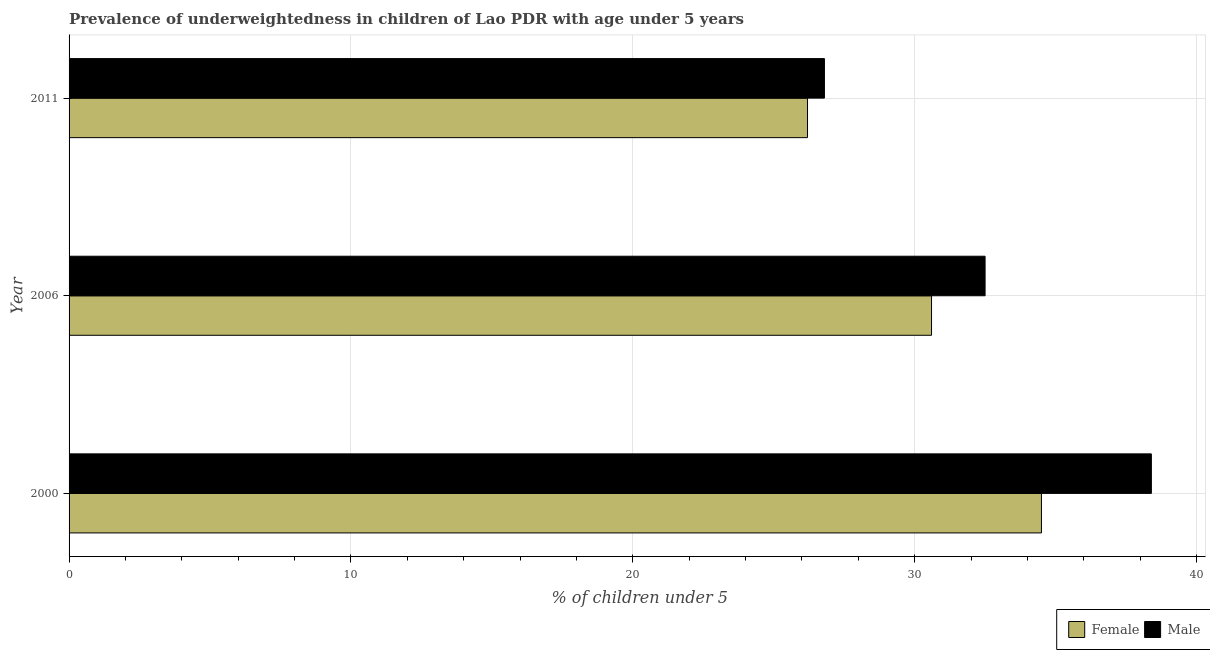
| Year | Female | Male |
 | --- | --- | --- |
 | 2000 | 34.5 | 38.4 |
 | 2006 | 30.6 | 32.5 |
 | 2011 | 26.2 | 26.8 |